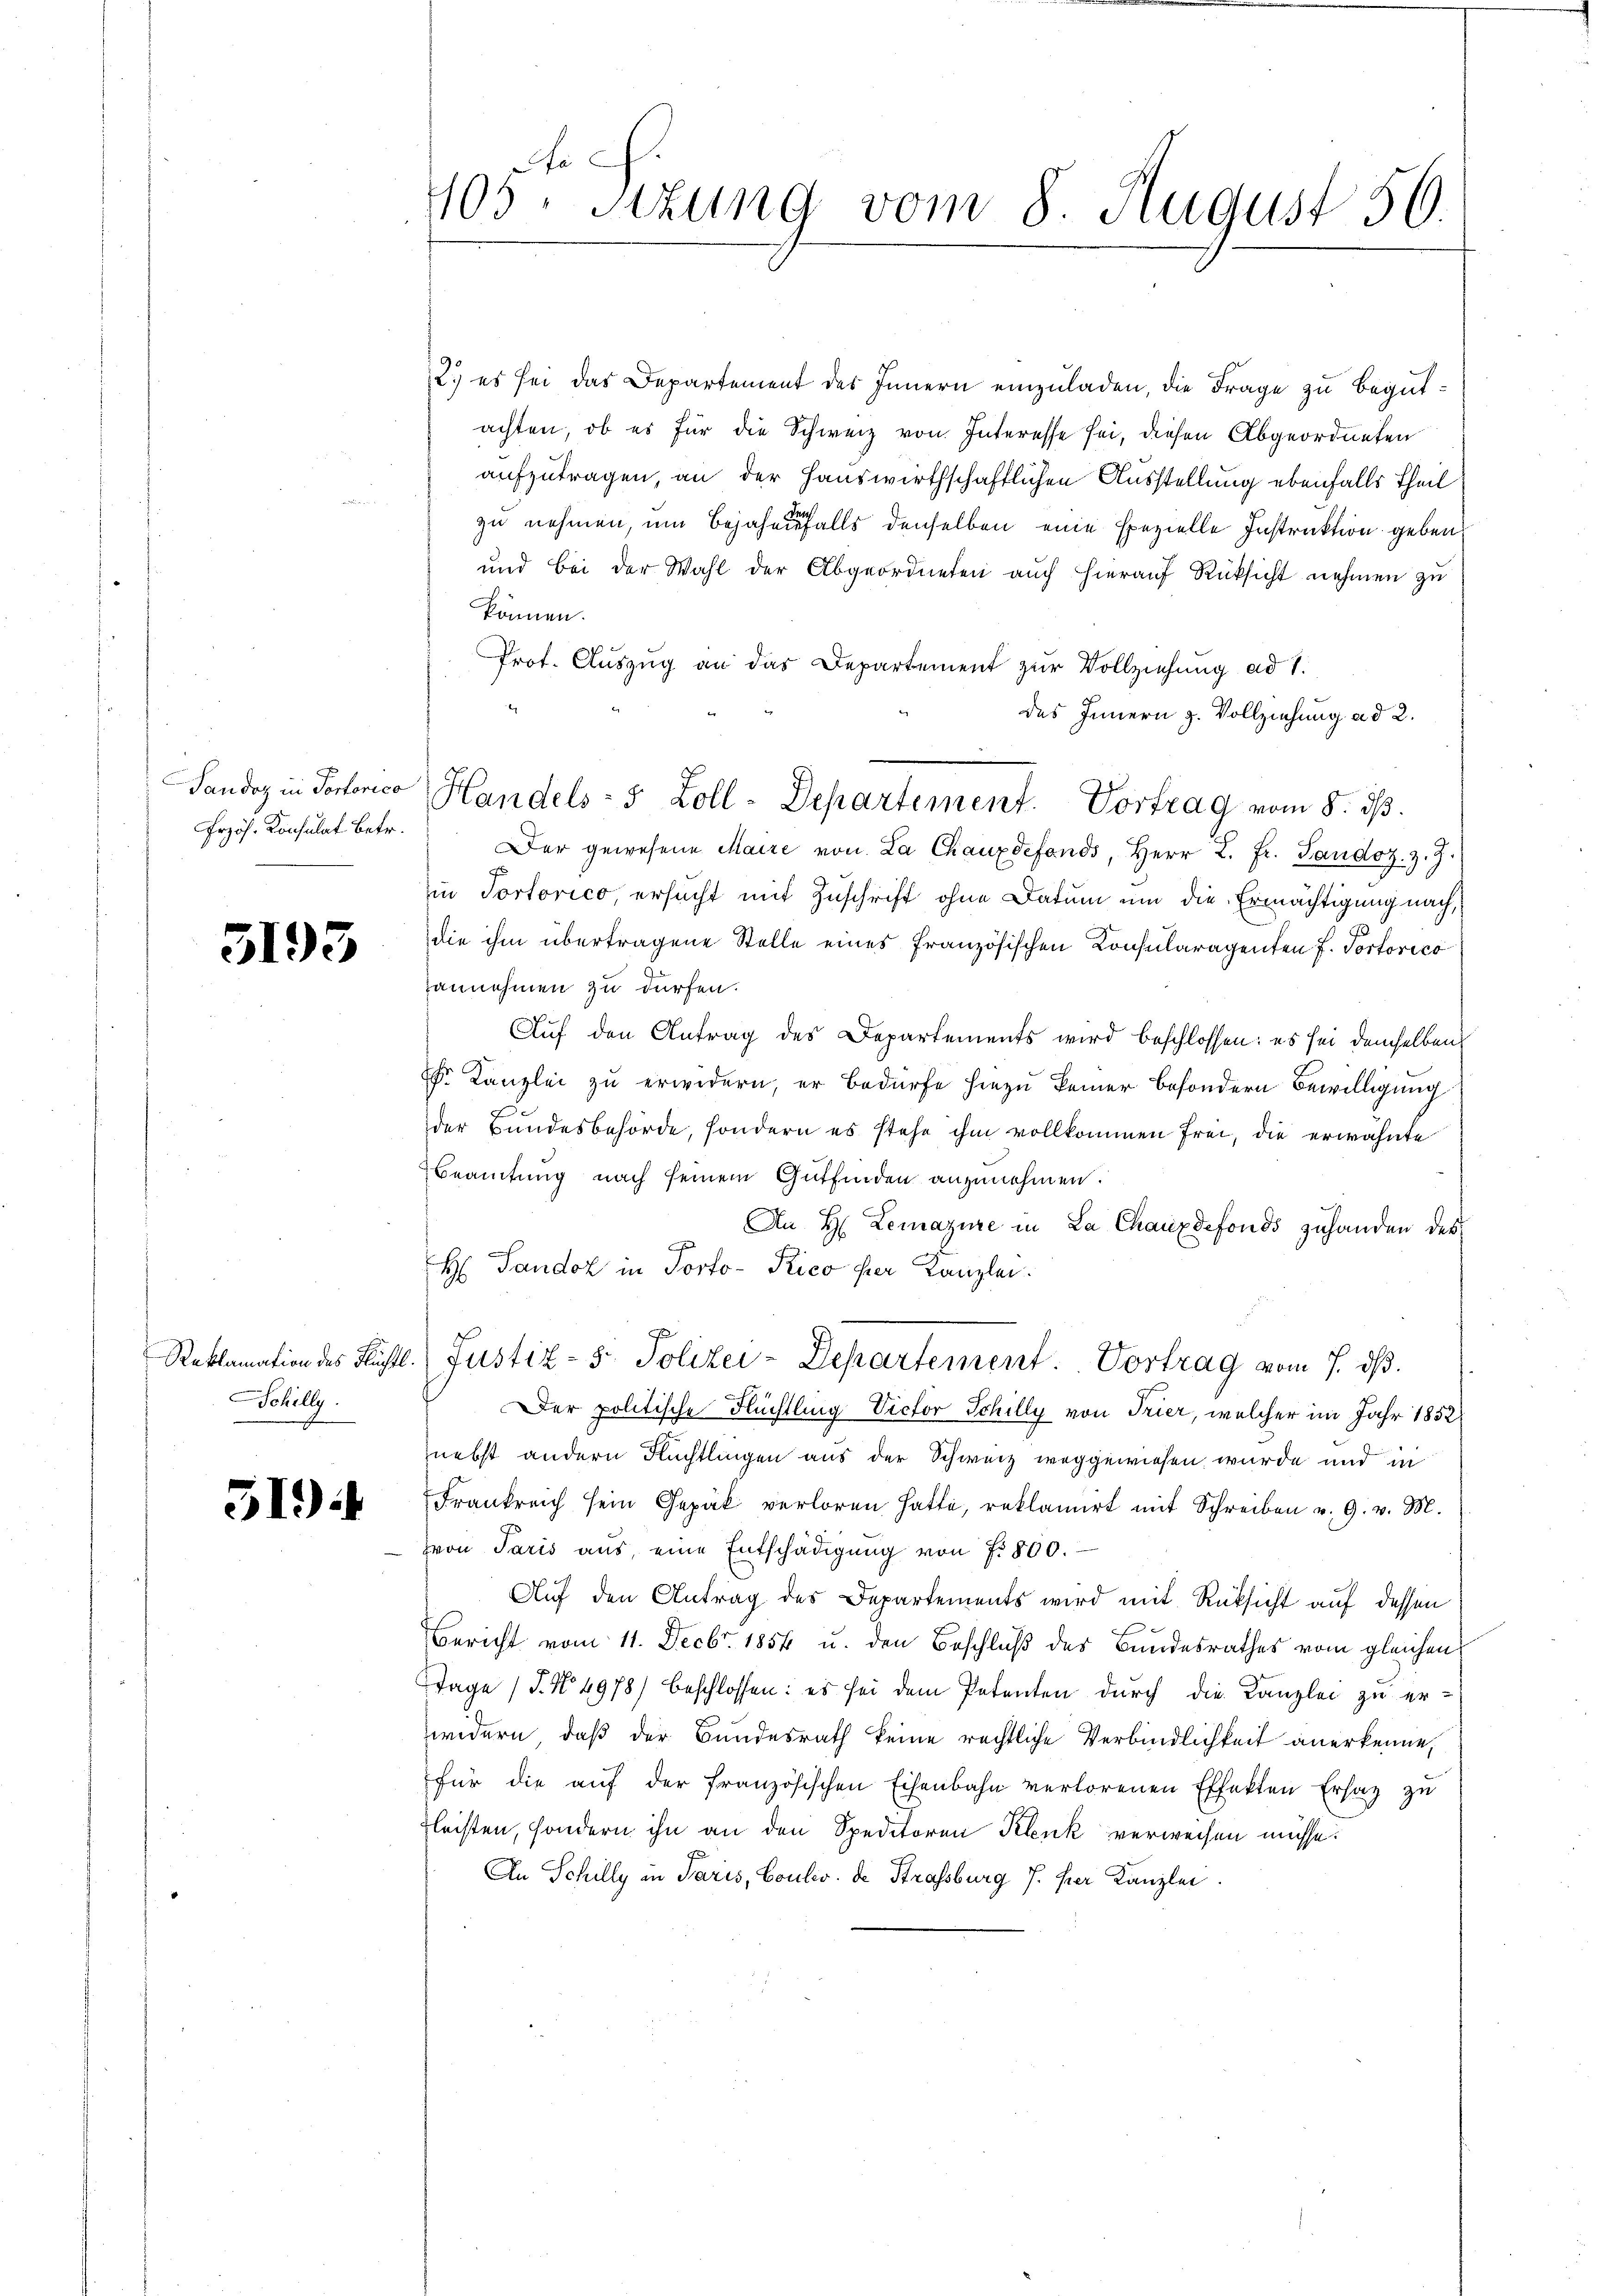
Przös. Konsulat betr.

5193

Schilly

519)

2) es sei das Departement des Innern einzuladen, die Frage zu begutachten, ob es für die Schweiz von Interesse sei, diesen Abgeordneten
aufzutragen, an der Hauswirthschaftlichen Ausstellung ebenfalls Theil
zu nehmen, um bejahen falls denselben eine spezielle Instruktion geben
und bei der Wahl der Abgeordneten auch hierauf Rüksicht nehmen zu
können.
Prof. Auszug an das Departement zur Vollziehung ad 1.
des Innern z. Vollziehung ad 2.
Der gewesene Maire von La Chauxdefonds, Herr L. Fr. Landoz. z. Z.
in Portorico, ersucht mit Zuschrift ohne Datum um die Ermächtigung nach,
die ihm übertragene Stelle eines französischen Consularagenten f. Portorico
Tannehmen zu dürfen.
Auf den Antrag des Departements wird beschlossen: es sei demselben
 Kanzlei zu erwidern, er bedürfe hiezu keiner besondern Bewilligung
der Bundesbehörde, sondern es stehe ihm vollkommen frei, die erwähnte
Beamtung nach seinem Gutfinden anzunehmen.
An H. Lemazire in La Chauxdefonds zuhanden des
.
H Pandoz in Porto-Pico hier Kanzlei.
Reklamation des Flüchtl. Justiz- & Polizei-Departement. Vortrag vom 7. dβ.
Der politische Flüchtling Victor Schilly von Trier, welcher im Jahr 1852
nebst andern Flüchtlingen aus der Schweiz weggewiesen wurde und in
Frankreich sein Gepäck verloren hatte, reklamirt mit Schreiben v. 9. v. M.
von Paris aŭs, eine Entschädigŭng von f. 800.
Auf den Antrag des Departements wird mit Rüksicht auf dessen
Bericht vom 11. Decbr. 1854 u. den Beschluß des Bundesrathes vom gleichen
Tage (T. No. 4978) beschlossen: es sei dem Petenten durch die Kanzlei zu er-
widern, daß der Bundesrath keine rechtliche Verbindlichkeit anerkenne,
für die aŭf der französischen Eisenbahn verlorenen Effekten Ersatz zŭ
Fleisten, sondern ihn an den Speditoren Klenk verweisen müsse.
An Schilly in Paris, Coulev. de Strassburg J. per Kanzlei

fa
405. Sitzung vom 8. August 56.

Landoz in Portorico Handels- 5 Zoll-Departement. Vortrag vom 8. dβ.